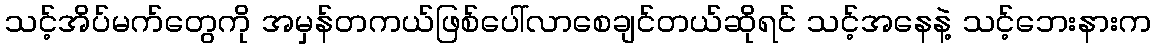
သင့်အိပ်မက်တွေကို အမှန်တကယ်ဖြစ်ပေါ်လာစေချင်တယ်ဆိုရင် သင့်အနေနဲ့ သင့်ဘေးနားက